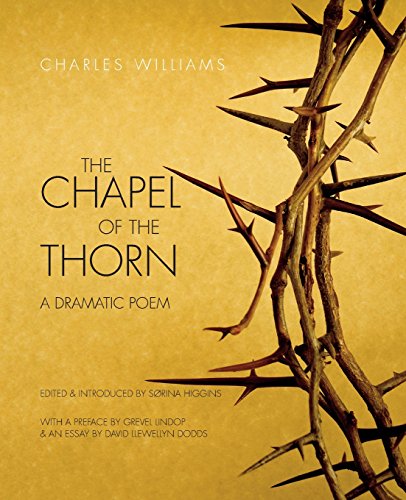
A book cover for The Chapel of the Thorn: A Dramatic Poem; Charles Williams; Literature & Fiction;